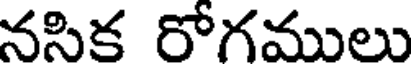
నసిక రోగములు